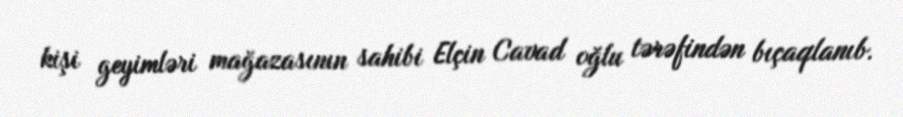
kişi geyimləri mağazasının sahibi Elçin Cavad oğlu tərəfindən bıçaqlanıb.